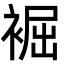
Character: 䘿